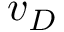
v _ { D }